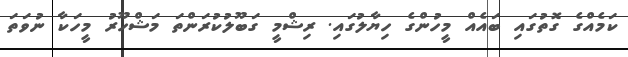
ކަމެއްގެ ގޮތުގައި ބައެއް މީހުންގެ ހިޔާލުގައި. ރިޝްމީ ގަބޫލުކުރަންތަ މަޝްހޫރު މީހަކާ ނުވަތަ